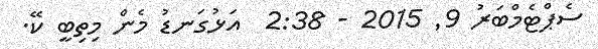
ސެޕްޓެމްބަރު 9